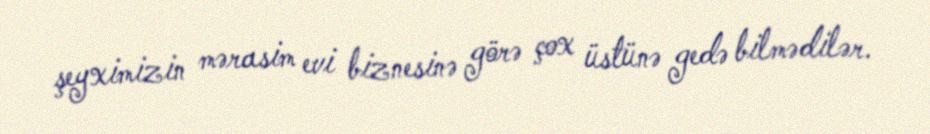
şeyximizin mərasim evi biznesinə görə çox üstünə gedə bilmədilər.